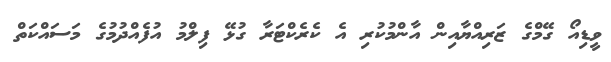
ވީޑިއޯ ގޭމްގެ ޒަރިއްޔާއިން އާންމުކުރި އެ ކެރެކްޓަރާ ގުޅޭ ފިލްމު އުފެއްދުމުގެ މަސައްކަތް